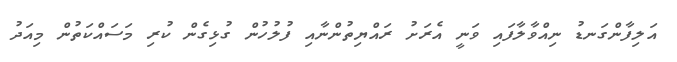
އަލިފާންގަނޑު ނިއްވާލާފައި ވަނީ އެރަށު ރައްޔިތުންނާއި ފުލުހުން ގުޅިގެން ކުރި މަސައްކަތުން މިއަދު